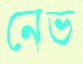
নেভ